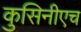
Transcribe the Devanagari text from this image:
कुसिनीएच